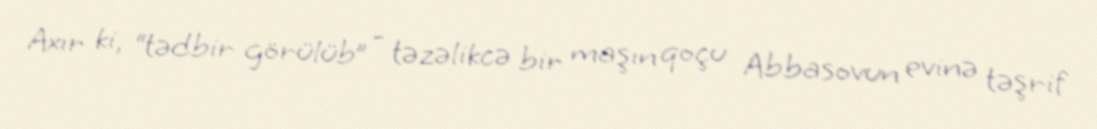
Axır ki, “tədbir görülüb” - təzəlikcə bir maşın qoçu Abbasovun evinə təşrif